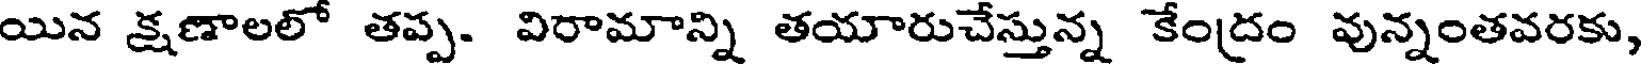
యిన క్షణాలలో తప్ప. విరామాన్ని తయారుచేస్తున్న కేంద్రం వున్నంతవరకు,